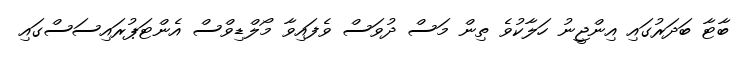
ބާޓާ ބަދަރުގައި އިންޖީނު ހަލާކުވެ ތިން މަސް ދުވަސް ވެފައިވާ މޯލްޑިވްސް އެންޓަޕުރައިސަސްގައި